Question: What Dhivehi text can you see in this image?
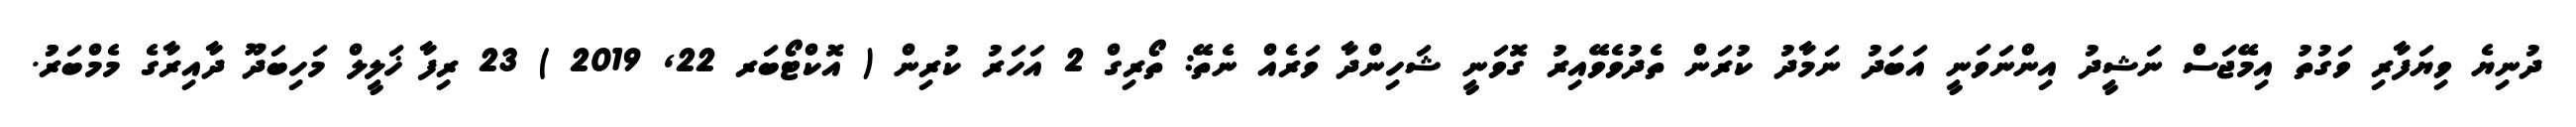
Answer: ދުނިޔެ ވިޔަފާރި ވަގުތު އިމޭޖަސް ނަޝީދު އިންނަވަނީ އަބަދު ނަމާދު ކުރަން ތެދުވެވޭއިރު ގޮވަނީ ޝަހިންދާ ވަރެއް ނެތޭ: ތޯރިގް 2 އަހަރު ކުރިން ( އޮކްޓޯބަރ 22, 2019 ) 23 ރިފާ ޚަލީލް މަހިބަދޫ ދާއިރާގެ މެމްބަރުު.